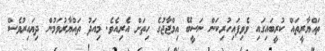
ތައްޔާރީތައް ކުރީބައިގައި ވެވިފައިހުރިކަން ނަސީބޭ އިމްޖާޖުގެ ހިތަށް އެރިއެވެ. މިއަދު ތައްޔާރުވަމުން ދިޔައިރުވެސް